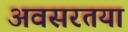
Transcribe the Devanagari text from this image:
अवसरतया